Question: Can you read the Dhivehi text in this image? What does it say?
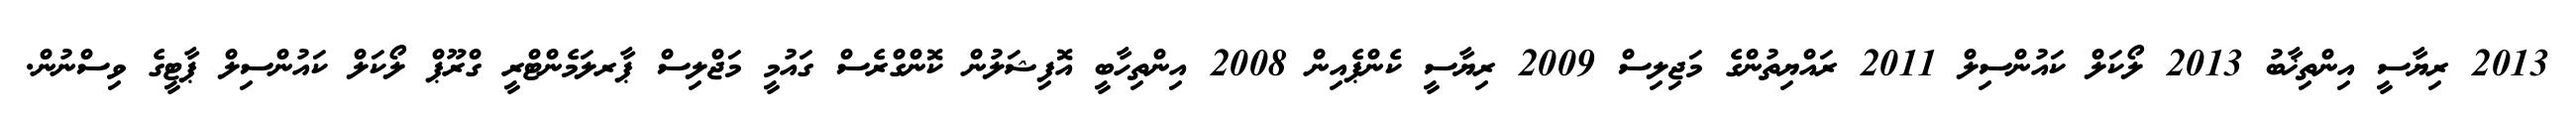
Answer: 2013 ރިޔާސީ އިންތިޚާބު 2013 ލޯކަލް ކައުންސިލް 2011 ރައްޔިތުންގެ މަޖިލިސް 2009 ރިޔާސީ ކެންޕެއިން 2008 އިންތިހާބީ އޮފިޝަލުން ކޮންގްރެސް ގައުމީ މަޖްލިސް ޕާރލަމެންޓްރީ ގްރޫޕް ލޯކަލް ކައުންސިލް ޕާޓީގެ ވިސްނުން.